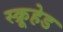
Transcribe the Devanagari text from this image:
स्क्रूहेड